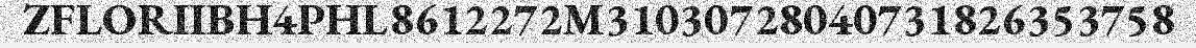
ZFLORIIBH4PHL8612272M31030728040731826353758